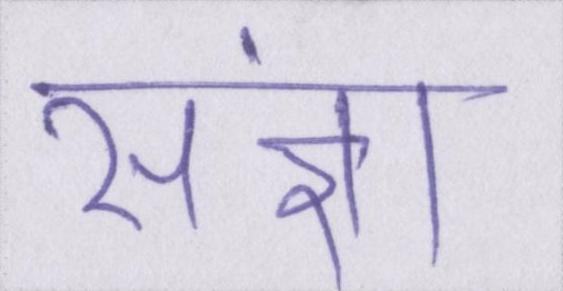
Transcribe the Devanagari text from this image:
संज्ञा